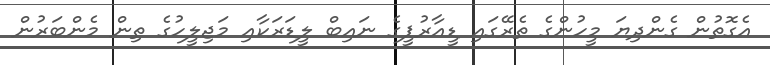
އެގޮތުން ގެންދިޔަ މީހުންގެ ތެރޭގައި ޑީއާރުޕީގެ ނައިބް ލީޑަރަކާއި މަޖިލީހުގެ ތިން މެންބަރުން